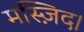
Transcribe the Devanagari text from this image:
मस्ज़िद।